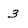
Character: 3